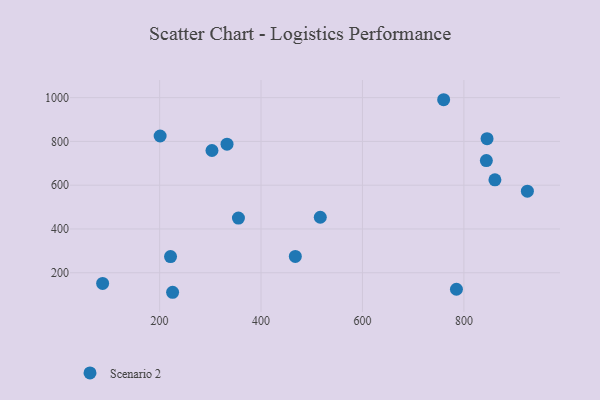
{"axis": {"x": "Study Hours", "y": "Yield"}, "legend": ["Scenario 2"], "data": [{"x": "845.7", "y": 812.3, "type": "Scenario 2"}, {"x": "760.1", "y": 990.4, "type": "Scenario 2"}, {"x": "332.9", "y": 787.4, "type": "Scenario 2"}, {"x": "87.6", "y": 151.3, "type": "Scenario 2"}, {"x": "201.0", "y": 824.8, "type": "Scenario 2"}, {"x": "467.6", "y": 274.8, "type": "Scenario 2"}, {"x": "355.4", "y": 449.8, "type": "Scenario 2"}, {"x": "225.6", "y": 110.9, "type": "Scenario 2"}, {"x": "844.3", "y": 712.6, "type": "Scenario 2"}, {"x": "303.2", "y": 758.4, "type": "Scenario 2"}, {"x": "861.2", "y": 624.7, "type": "Scenario 2"}, {"x": "925.2", "y": 572.5, "type": "Scenario 2"}, {"x": "516.8", "y": 453.5, "type": "Scenario 2"}, {"x": "785.3", "y": 124.7, "type": "Scenario 2"}, {"x": "221.5", "y": 273.9, "type": "Scenario 2"}]}